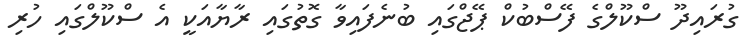
ގުރައިދޫ ސްކޫލްގެ ފޭސްބުކް ޕޭޖްގައި ބުނެފައިވާ ގޮތުގައި ރާޔާއަކީ އެ ސްކޫލްގައި ހުރި